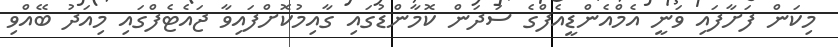
މިކަން ފަށާފައި ވަނީ އެމްއެންޑީއެފްގެ ސަދަން ކޮމާންޑުގައި ގާއިމުކޮށްފައިވާ ޖައެޓެފްގައި މިއަދު ބޭއްވި